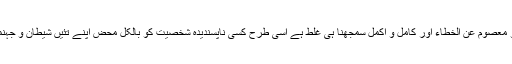
کسی پسندیدہ شخصیت کو معصوم عن الخطاء اور کامل و اکمل سمجھنا ہی غلط ہے اسی طرح کسی ناپسندیدہ شخصیت کو بالکل محض اپنے تئیں شیطان و جہنمی سمجھنا بھی غلط ہے۔